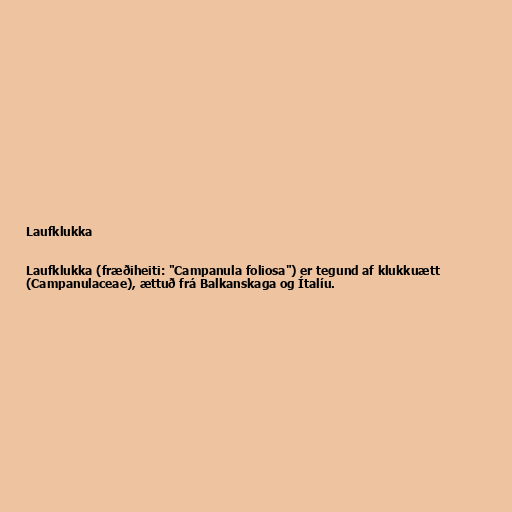
Laufklukka

Laufklukka (fræðiheiti: "Campanula foliosa") er tegund af klukkuætt
(Campanulaceae), ættuð frá Balkanskaga og Ítalíu.